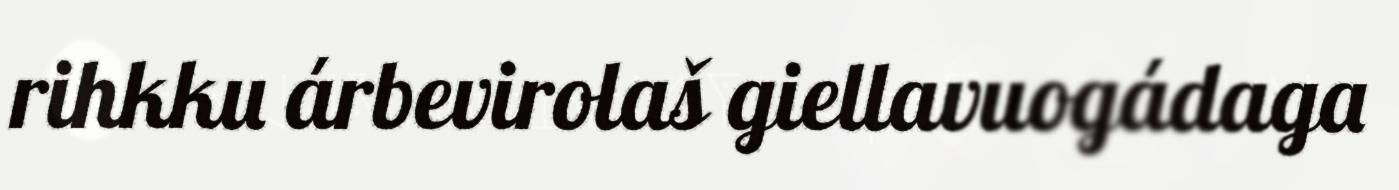
rihkku árbevirolaš giellavuogádaga